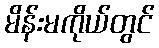
မိန်းမကိုယ်တွင်